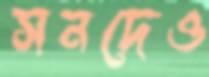
সনদেও